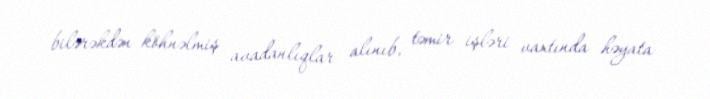
bilərəkdən köhnəlmiş avadanlıqlar alınıb, təmir işləri vaxtında həyata